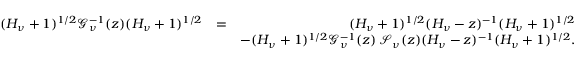
\begin{array} { r l r } { ( H _ { \nu } + 1 ) ^ { 1 / 2 } \mathcal { G } _ { \nu } ^ { - 1 } ( z ) ( H _ { \nu } + 1 ) ^ { 1 / 2 } } & { = } & { ( H _ { \nu } + 1 ) ^ { 1 / 2 } ( H _ { \nu } - z ) ^ { - 1 } ( H _ { \nu } + 1 ) ^ { 1 / 2 } } \\ & { } & { - ( H _ { \nu } + 1 ) ^ { 1 / 2 } \mathcal { G } _ { \nu } ^ { - 1 } ( z ) \, \mathcal { S } _ { \nu } ( z ) ( H _ { \nu } - z ) ^ { - 1 } ( H _ { \nu } + 1 ) ^ { 1 / 2 } . } \end{array}